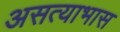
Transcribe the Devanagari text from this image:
असत्याभास